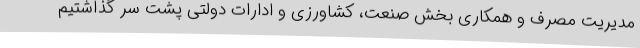
مدیریت مصرف و همکاری بخش صنعت، کشاورزی و ادارات دولتی پشت سر گذاشتیم